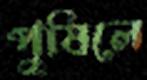
পুষিলে